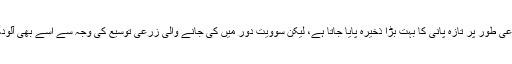
روس میں مجموعی طور پر تازہ پانی کا بہت بڑا ذخیرہ پایا جاتا ہے، لیکن سوویت دور میں کی جانے والی زرعی توسیع کی وجہ سے اسے بھی آلودگی کا سامنا ہے۔